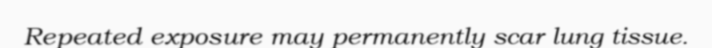
Repeated exposure may permanently scar lung tissue.